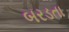
બરડતા